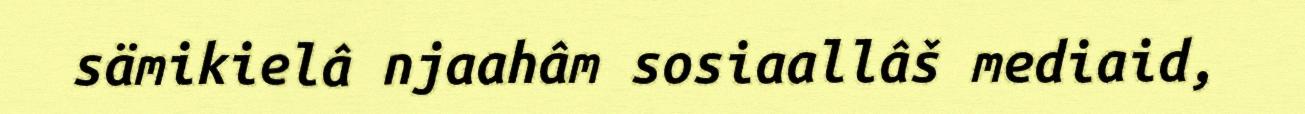
sämikielâ njaahâm sosiaallâš mediaid,